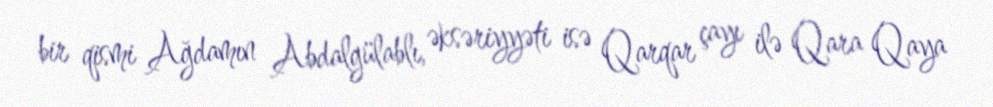
bir qismi Ağdamın Abdalgülablı, əksəriyyəti isə Qarqar çayı ilə Qara Qaya